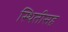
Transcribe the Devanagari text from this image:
स्थितीसह